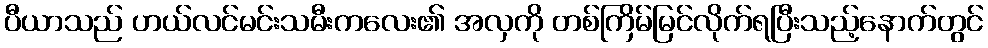
ပီယာသည် ဟယ်လင်မင်းသမီးကလေး၏ အလှကို တစ်ကြိမ်မြင်လိုက်ရပြီးသည့်နောက်တွင်